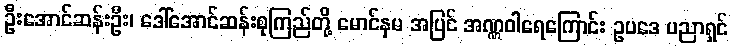
ဦးအောင်ဆန်းဦး၊ ဒေါ်အောင်ဆန်းစုကြည်တို့ မောင်နှမ အပြင် အဏ္ဏဝါရေကြောင်း ဥပဒေ ပညာရှင်